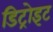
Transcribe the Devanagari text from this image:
डिट्रोइट